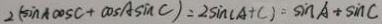
2 ( \sin A \cos C + \cos A \sin C ) = 2 \sin ( A + C ) = \sin A + \sin C